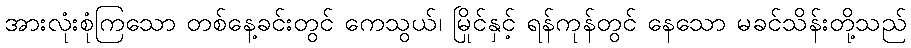
အားလုံးစုံကြသော တစ်နေ့ခင်းတွင် ကေသွယ်၊ မြိုင်နှင့် ရန်ကုန်တွင် နေသော မခင်သိန်းတို့သည်